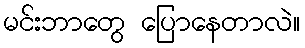
မင်းဘာတွေ ပြောနေတာလဲ။